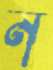
ন